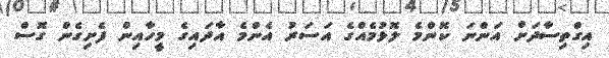
އިގްތިސާދަށް އަންނަ ކޮންމެ ލޮޅުމެއްގެ އަސަރު އެންމެ އާދައިގެ މީހާއިން ފެށިގެން ގޮސް